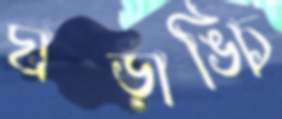
ঘড়াঙ্চি